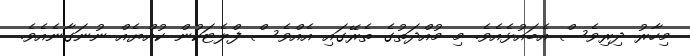
މިހާރު ދިރިވެސް އެބައުޅެއެވެ. މި މުއްދަތުގެ ތެރޭގައި އެއްވެސް ފްލެޓަކުން ކުއްޔެއް ނުނަގާނެއެވެ.